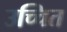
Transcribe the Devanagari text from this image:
उच्चित